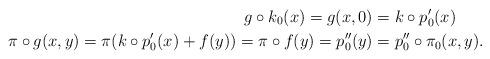
LaTeX: \begin{align*}g\circ k_0(x)=g(x, 0)&=k\circ p_0'(x)\\\pi\circ g(x, y)=\pi(k\circ p_0'(x)+f(y))=\pi\circ f(y)=p_0''(y)&=p_0''\circ \pi_0(x, y).\end{align*}